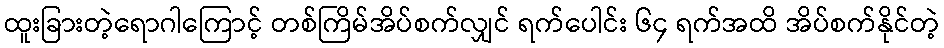
ထူးခြားတဲ့ရောဂါကြောင့် တစ်ကြိမ်အိပ်စက်လျှင် ရက်ပေါင်း ၆၄ ရက်အထိ အိပ်စက်နိုင်တဲ့